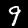
Digit: 9